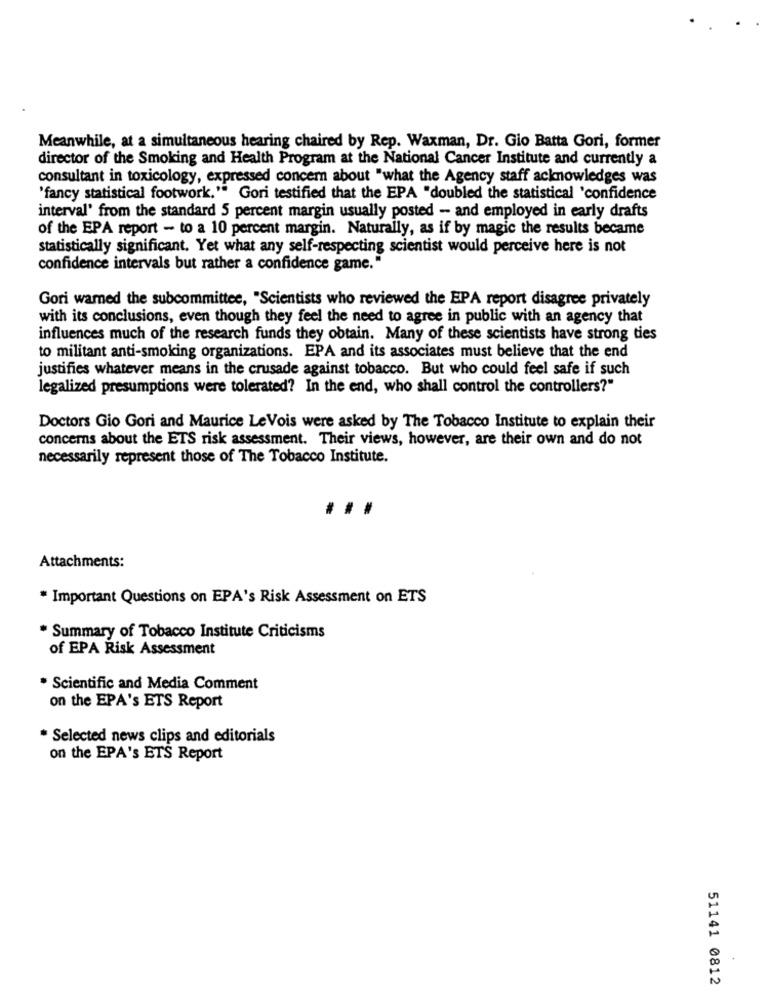
Meanwhile, at a simultaneous hearing chaired by Rep. Waxman, Dr. Gio Batta Gori, former
director of the Smoking and Health Program at the National Cancer Institute and currently a
consultant in toxicology, expressed concern about "what the Agency staff acknowledges was
'fancy statistical footwork." Gori testified that the EPA "doubled the statistical 'confidence
interval' from the standard 5 percent margin usually posted - and employed in early drafts
of the EPA report - to a 10 percent margin. Naturally, as if by magic the results became
statistically significant. Yet what any self-respecting scientist would perceive here is not
confidence intervals but rather a confidence game."
Gori warned the subcommittee, "Scientists who reviewed the EPA report disagree privately
with its conclusions, even though they feel the need to agree in public with an agency that
influences much of the research funds they obtain. Many of these scientists have strong ties
to militant anti-smoking organizations. EPA and its associates must believe that the end
justifies whatever means in the crusade against tobacco. But who could feel safe if such
legalized presumptions were tolerated? In the end, who shall control the controllers?"
Doctors Gio Gori and Maurice LeVois were asked by The Tobacco Institute to explain their
concerns about the ETS risk assessment. Their views, however, are their own and do not
necessarily represent those of The Tobacco Institute.
..
Attachments:
* Important Questions on EPA's Risk Assessment on ETS
* Summary of Tobacco Institute Criticisms
of EPA Risk Assessment
* Scientific and Media Comment
on the EPA's ETS Report
* Selected news clips and editorials
on the EPA's ETS Report
51141 0812